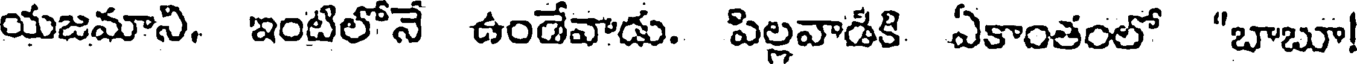
యజమాని. ఇంటిలోనే ఉండేవాడు. పిల్లవాడికి ఏకాంతంలో "బాబూ!